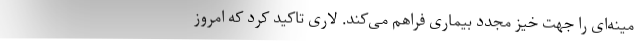
مینه‌ای را جهت خیز مجدد بیماری فراهم می‌کند. لاری تاکید کرد که امروز